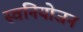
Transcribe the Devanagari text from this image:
स्वनियोजन